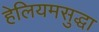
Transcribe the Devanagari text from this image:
हेलियमसुद्धा